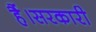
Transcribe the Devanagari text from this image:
हैं।सरकारी